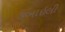
કબાઇલી